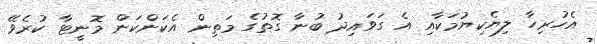
އެހުރިހާ ލިޔެކިޔުމަކާއި އެ ގަވައިދު ބުނާ ގޮތުގެ މަތިން އެކަންކަން މޮނީޓާ ކުރެވޭ